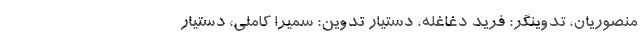
منصوریان، تدوینگر: فرید دغاغله، دستیار تدوین: سمیرا کاملی، دستیار